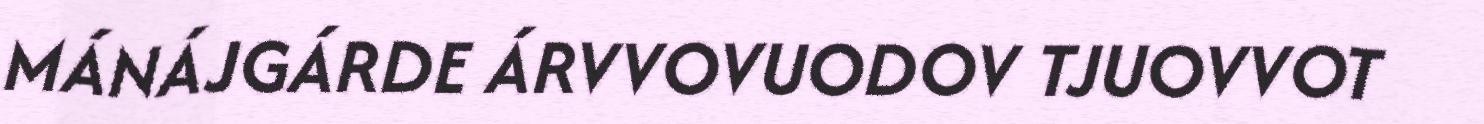
MÁNÁJGÁRDE ÁRVVOVUODOV TJUOVVOT